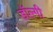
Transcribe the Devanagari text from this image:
डॉल्गी